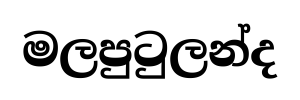
මලපුටුලන්ද